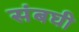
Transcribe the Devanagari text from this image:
संबघी